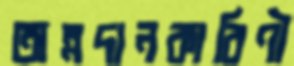
অন্নদানকারিণী